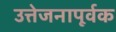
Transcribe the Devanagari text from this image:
उत्तेजनापूर्वक